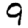
Digit: 9